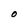
Character: O